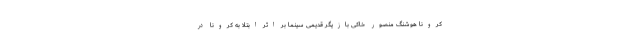
کرونا هوشنگ منصور خاکی بازیگر قدیمی سینما بر اثر ابتلا به کرونا در